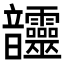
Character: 𩑊